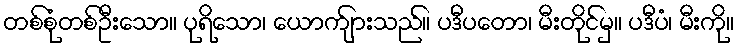
တစ်စုံတစ်ဦးသော။ ပုရိသော၊ ယောက်ျားသည်။ ပဒီပတော၊ မီးတိုင်မှ။ ပဒီပံ၊ မီးကို။